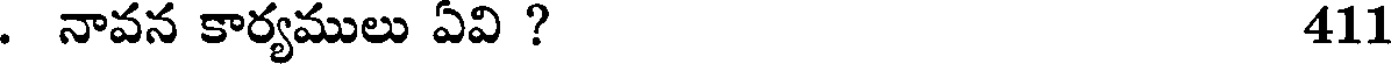
. నావన కార్యములు ఏవి ? 411